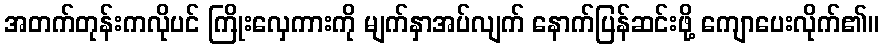
အတက်တုန်းကလိုပင် ကြိုးလှေကားကို မျက်နှာအပ်လျက် နောက်ပြန်ဆင်းဖို့ ကျောပေးလိုက်၏။